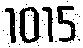
1015